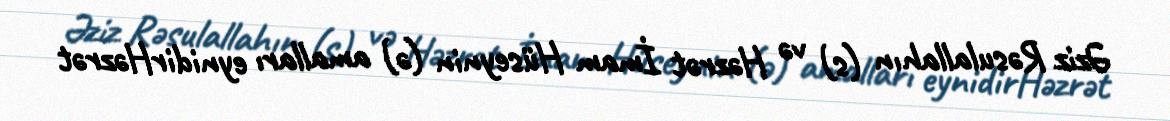
Əziz Rəsulallahın (s) və Həzrət İmam Hüseynin (ə) amalları eynidirHəzrət